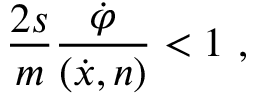
\frac { 2 s } { m } \frac { \dot { \varphi } } { ( \dot { x } , n ) } < 1 \ ,